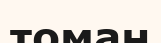
томан